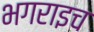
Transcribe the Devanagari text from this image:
भगराइच